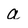
Character: a